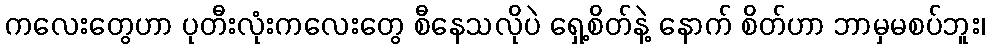
ကလေးတွေဟာ ပုတီးလုံးကလေးတွေ စီနေသလိုပဲ ရှေ့စိတ်နဲ့ နောက် စိတ်ဟာ ဘာမှမစပ်ဘူး၊